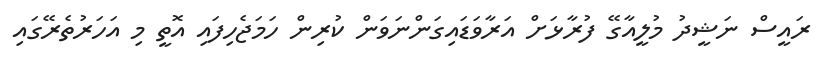
ރައީސް ނަޝީދު މުލީއާގޭ ފުރާޅަށް އަރާވަޑައިގަންނަވަން ކުރިން ހަމަޖެހިފައި އޮތީ މި އަހަރުތެރޭގައި